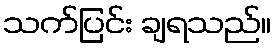
သက်ပြင်း ချရသည်။